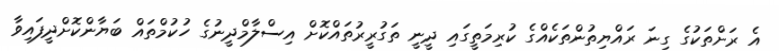
އެ ރަށްތަކުގެ ގިނަ ރައްޔިތުންތަކެއްގެ ކުރިމަތީގައި ދީނީ ތަގުރީރުތައްކޮށް އިސްލާމްދީނުގެ ހުކުމްތައް ބަޔާންކޮށްދީފައިވާ